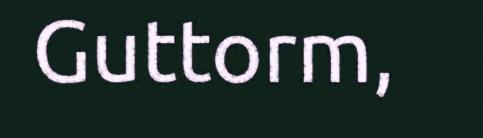
Guttorm,